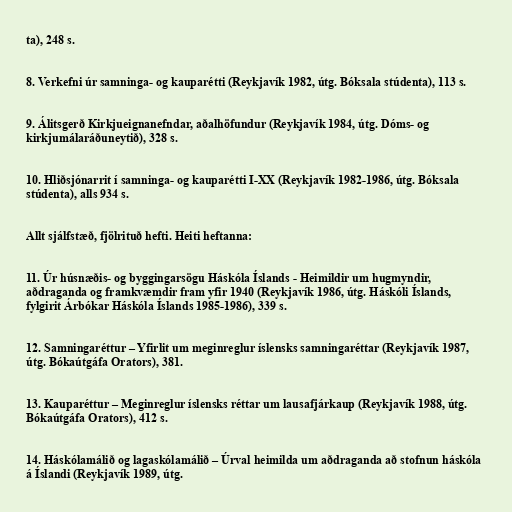
ta), 248 s.

8. Verkefni úr samninga- og kauparétti (Reykjavík 1982, útg. Bóksala stúdenta), 113 s.

9. Álitsgerð Kirkjueignanefndar, aðalhöfundur (Reykjavík 1984, útg. Dóms- og
kirkjumálaráðuneytið), 328 s.

10. Hliðsjónarrit í samninga- og kauparétti I-XX (Reykjavík 1982-1986, útg. Bóksala
stúdenta), alls 934 s.

Allt sjálfstæð, fjölrituð hefti. Heiti heftanna:

11. Úr húsnæðis- og byggingarsögu Háskóla Íslands - Heimildir um hugmyndir,
aðdraganda og framkvæmdir fram yfir 1940 (Reykjavík 1986, útg. Háskóli Íslands,
fylgirit Árbókar Háskóla Íslands 1985-1986), 339 s.

12. Samningaréttur – Yfirlit um meginreglur íslensks samningaréttar (Reykjavík 1987,
útg. Bókaútgáfa Orators), 381.

13. Kauparéttur – Meginreglur íslensks réttar um lausafjárkaup (Reykjavík 1988, útg.
Bókaútgáfa Orators), 412 s.

14. Háskólamálið og lagaskólamálið – Úrval heimilda um aðdraganda að stofnun háskóla
á Íslandi (Reykjavík 1989, útg.